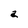
Character: a